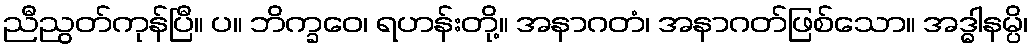
ညီညွတ်ကုန်ပြီ။ ပ။ ဘိက္ခဝေ၊ ရဟန်းတို့။ အနာဂတံ၊ အနာဂတ်ဖြစ်သော။ အဒ္ဓါနမ္ပိ၊